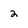
Character: 2